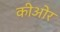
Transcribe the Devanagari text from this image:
कीओर